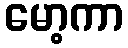
မော့ကာ